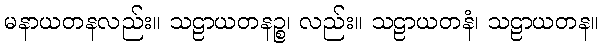
မနာယတနလည်း။ သဠာယတနဉ္စ၊ လည်း။ သဠာယတနံ၊ သဠာယတန။